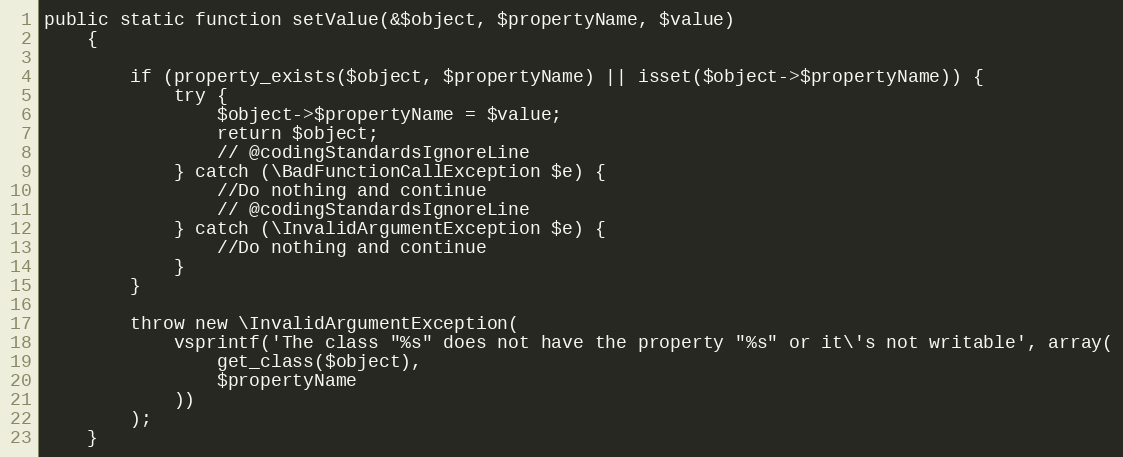
Language: PHP
public static function setValue(&$object, $propertyName, $value)
    {

        if (property_exists($object, $propertyName) || isset($object->$propertyName)) {
            try {
                $object->$propertyName = $value;
                return $object;
                // @codingStandardsIgnoreLine
            } catch (\BadFunctionCallException $e) {
                //Do nothing and continue
                // @codingStandardsIgnoreLine
            } catch (\InvalidArgumentException $e) {
                //Do nothing and continue
            }
        }

        throw new \InvalidArgumentException(
            vsprintf('The class "%s" does not have the property "%s" or it\'s not writable', array(
                get_class($object),
                $propertyName
            ))
        );
    }